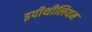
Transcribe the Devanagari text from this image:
इपीथीलियम